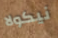
نيكولا